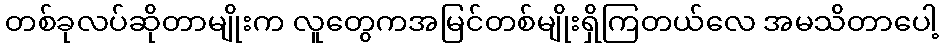
တစ်ခုလပ်ဆိုတာမျိုးက လူတွေကအမြင်တစ်မျိုးရှိကြတယ်လေ အမသိတာပေါ့